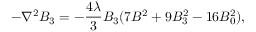
- \nabla ^ { 2 } B _ { 3 } = - { \frac { 4 \lambda } { 3 } } B _ { 3 } ( 7 B ^ { 2 } + 9 B _ { 3 } ^ { 2 } - 1 6 B _ { 0 } ^ { 2 } ) ,